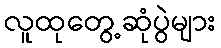
လူထုတွေ့ဆုံပွဲများ